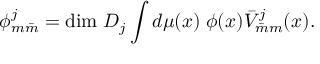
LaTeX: \phi _ { m \bar { m } } ^ { j } = \mathrm { d i m } \; D _ { j } \int d \mu ( x ) \; \phi ( x ) \bar { V } _ { \bar { m } m } ^ { j } ( x ) .